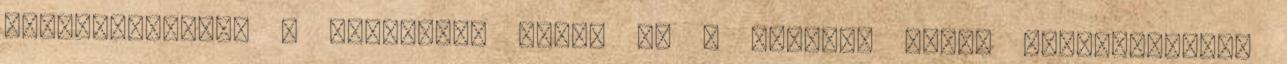
strandbelépőt, a sátorozás díját és a camping közös helyiségeinek